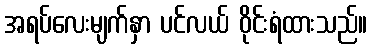
အရပ်လေးမျက်နှာ ပင်လယ် ဝိုင်းရံထားသည်။